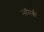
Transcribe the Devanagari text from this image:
मॉनर्क